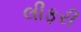
લીફરી